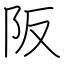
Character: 阪